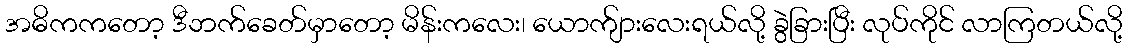
အဓိကကတော့ ဒီဘက်ခေတ်မှာတော့ မိန်းကလေး၊ ယောက်ျားလေးရယ်လို့ ခွဲခြားပြီး လုပ်ကိုင် လာကြတယ်လို့